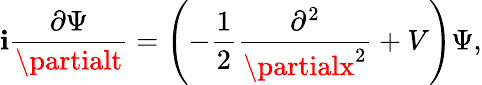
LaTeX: \mathbf{i}\frac{{\partial\Psi}}{{\partialt}}=\left(-\frac{{1}}{{2}}\frac{{\partial^{2}}}{{\partialx^{2}}}+V\right)\Psi,